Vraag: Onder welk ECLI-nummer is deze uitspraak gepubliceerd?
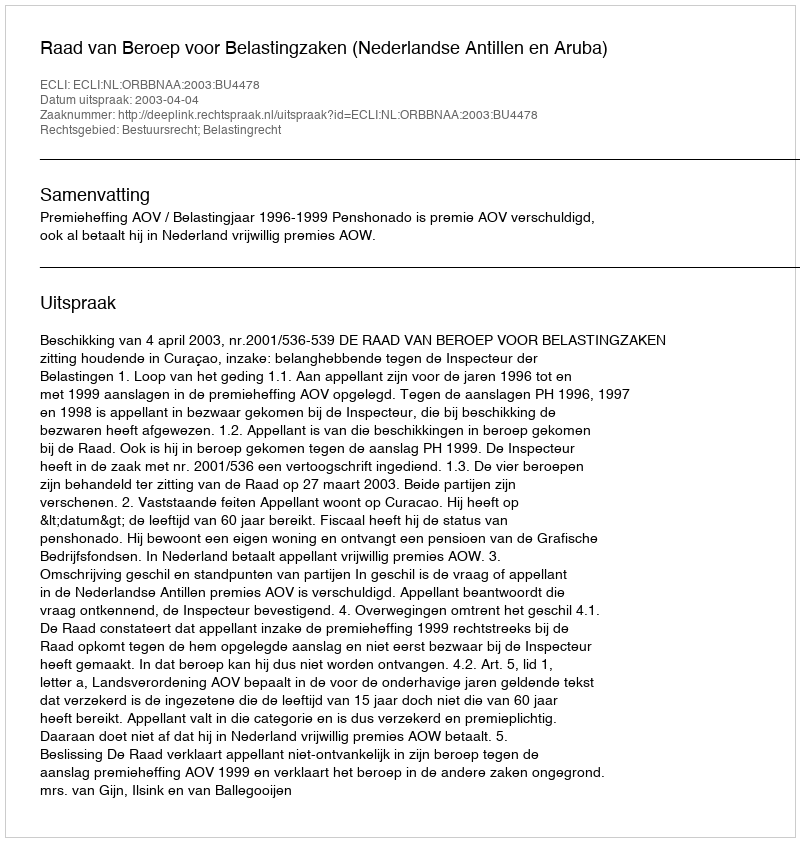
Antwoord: ECLI:NL:ORBBNAA:2003:BU4478